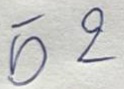
52